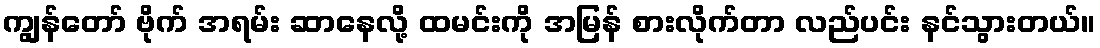
ကျွန်တော် ဗိုက် အရမ်း ဆာနေလို့ ထမင်းကို အမြန် စားလိုက်တာ လည်ပင်း နင်သွားတယ်။